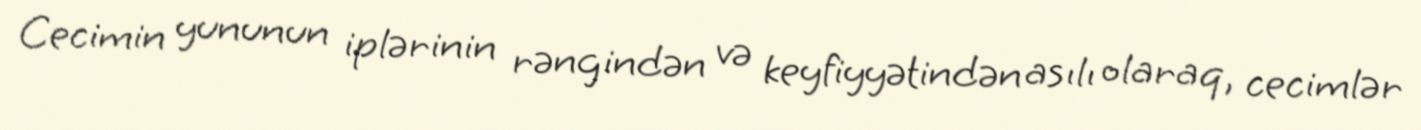
Cecimin yununun iplərinin rəngindən və keyfiyyətindən asılı olaraq, cecimlər